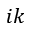
i k